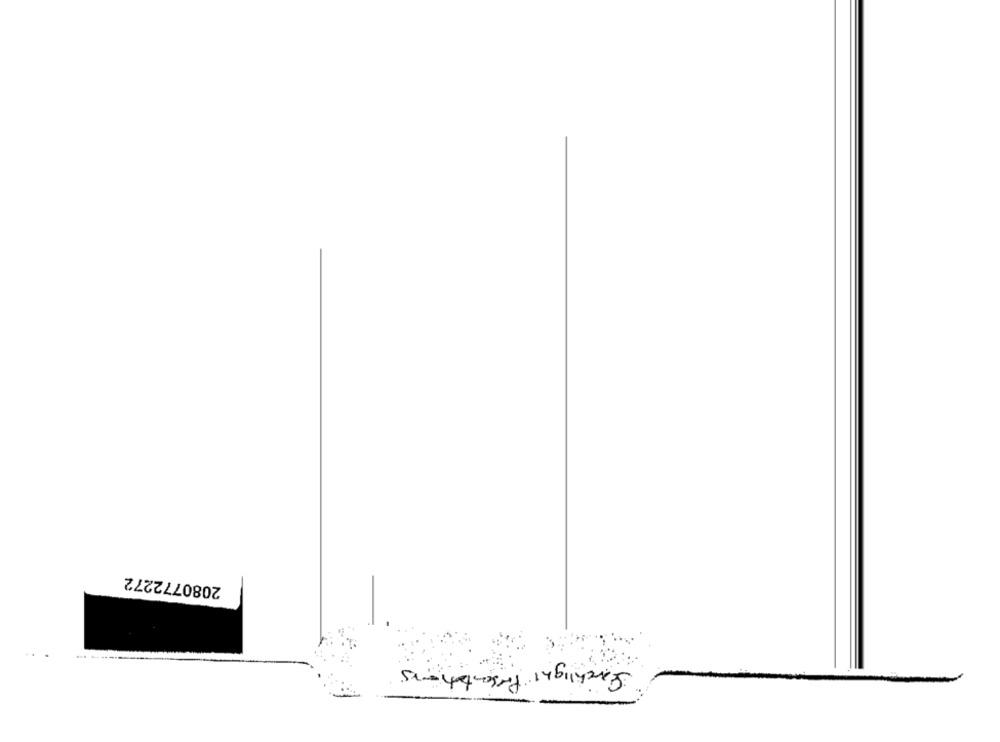
2080772272